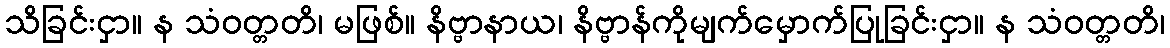
သိခြင်းငှာ။ န သံဝတ္တတိ၊ မဖြစ်။ နိဗ္ဗာနာယ၊ နိဗ္ဗာန်ကိုမျက်မှောက်ပြုခြင်းငှာ။ န သံဝတ္တတိ၊